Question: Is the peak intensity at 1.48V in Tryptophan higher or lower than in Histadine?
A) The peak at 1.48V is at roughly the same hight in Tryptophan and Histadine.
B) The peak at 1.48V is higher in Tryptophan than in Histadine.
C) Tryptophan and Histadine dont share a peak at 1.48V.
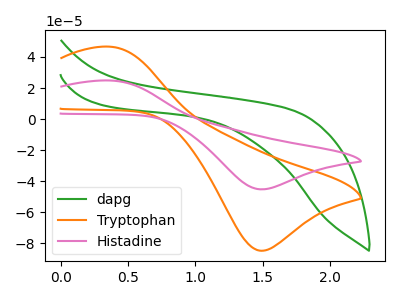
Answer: <think>The green curve "dapg" has no peaks. The orange curve "Tryptophan" has an anodic peak at (0.40V, 46.55uA) and a cathodic peak at (1.50V, -84.65uA). The pink curve "Histadine" has an anodic peak at (0.40V, 24.85uA) and a cathodic peak at (1.50V, -45.15uA).</think>
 <answer>B) The peak at 1.48V is higher in "Tryptophan" than in "Histadine".</answer>
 <eval>B</eval>